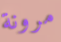
مرونة